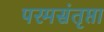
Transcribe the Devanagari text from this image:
परमसंतृप्ता